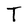
Character: T